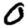
Digit: 0